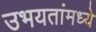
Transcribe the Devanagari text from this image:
उभयतांमध्ये